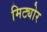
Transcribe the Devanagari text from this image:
मिट्योर